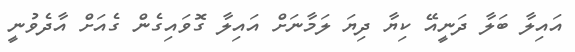
އައިލާ ބަލާ ދަނީއޭ ކިޔާ ދިޔަ ލަަމާނަށް އައިލާ ގޮވައިގެން ގެއަށް އާދެވުނީ